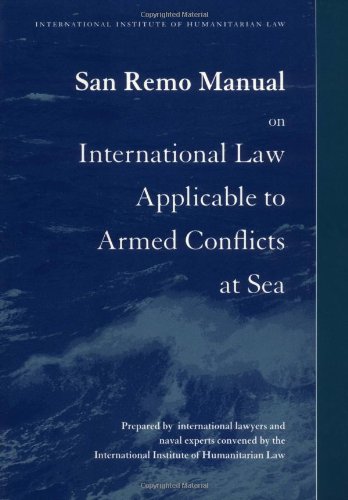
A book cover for San Remo Manual on International Law Applicable to Armed Conflicts at Sea; International Institute of Humanitarian Law; Law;